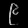
Digit: ၉